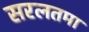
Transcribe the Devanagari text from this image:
सरलतमा